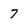
Character: 7